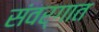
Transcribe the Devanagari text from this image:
संवर्गात